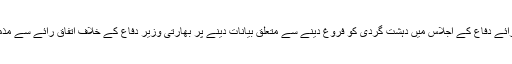
قومی اسمبلی کی قائمہ کمیٹی برائے دفاع کے اجلاس میں دہشت گردی کو فروغ دینے سے متعلق بیانات دینے پر بھارتی وزیر دفاع کے خلاف اتفاق رائے سے مذمتی قرار داد منظور کر لی گئی۔